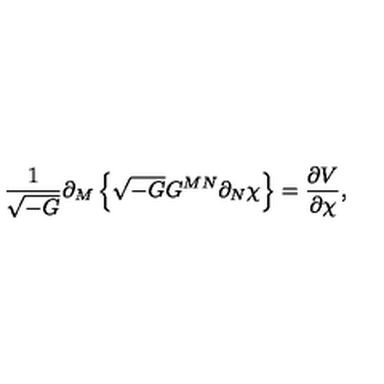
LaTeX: \frac { 1 } { \sqrt { - G } } \partial _ { M } \left\{ \sqrt { - G } G ^ { M N } \partial _ { N } \chi \right\} = \frac { \partial V } { \partial \chi } ,